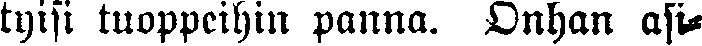
tyisi tuoppeihin pauna. Onhan asi-